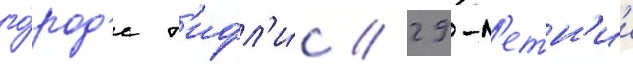
го́род'е т'ифл'и́с // 29-л'етн'ии